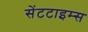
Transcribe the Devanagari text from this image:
सेंटटाइम्स